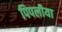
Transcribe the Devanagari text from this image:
पिपलीया